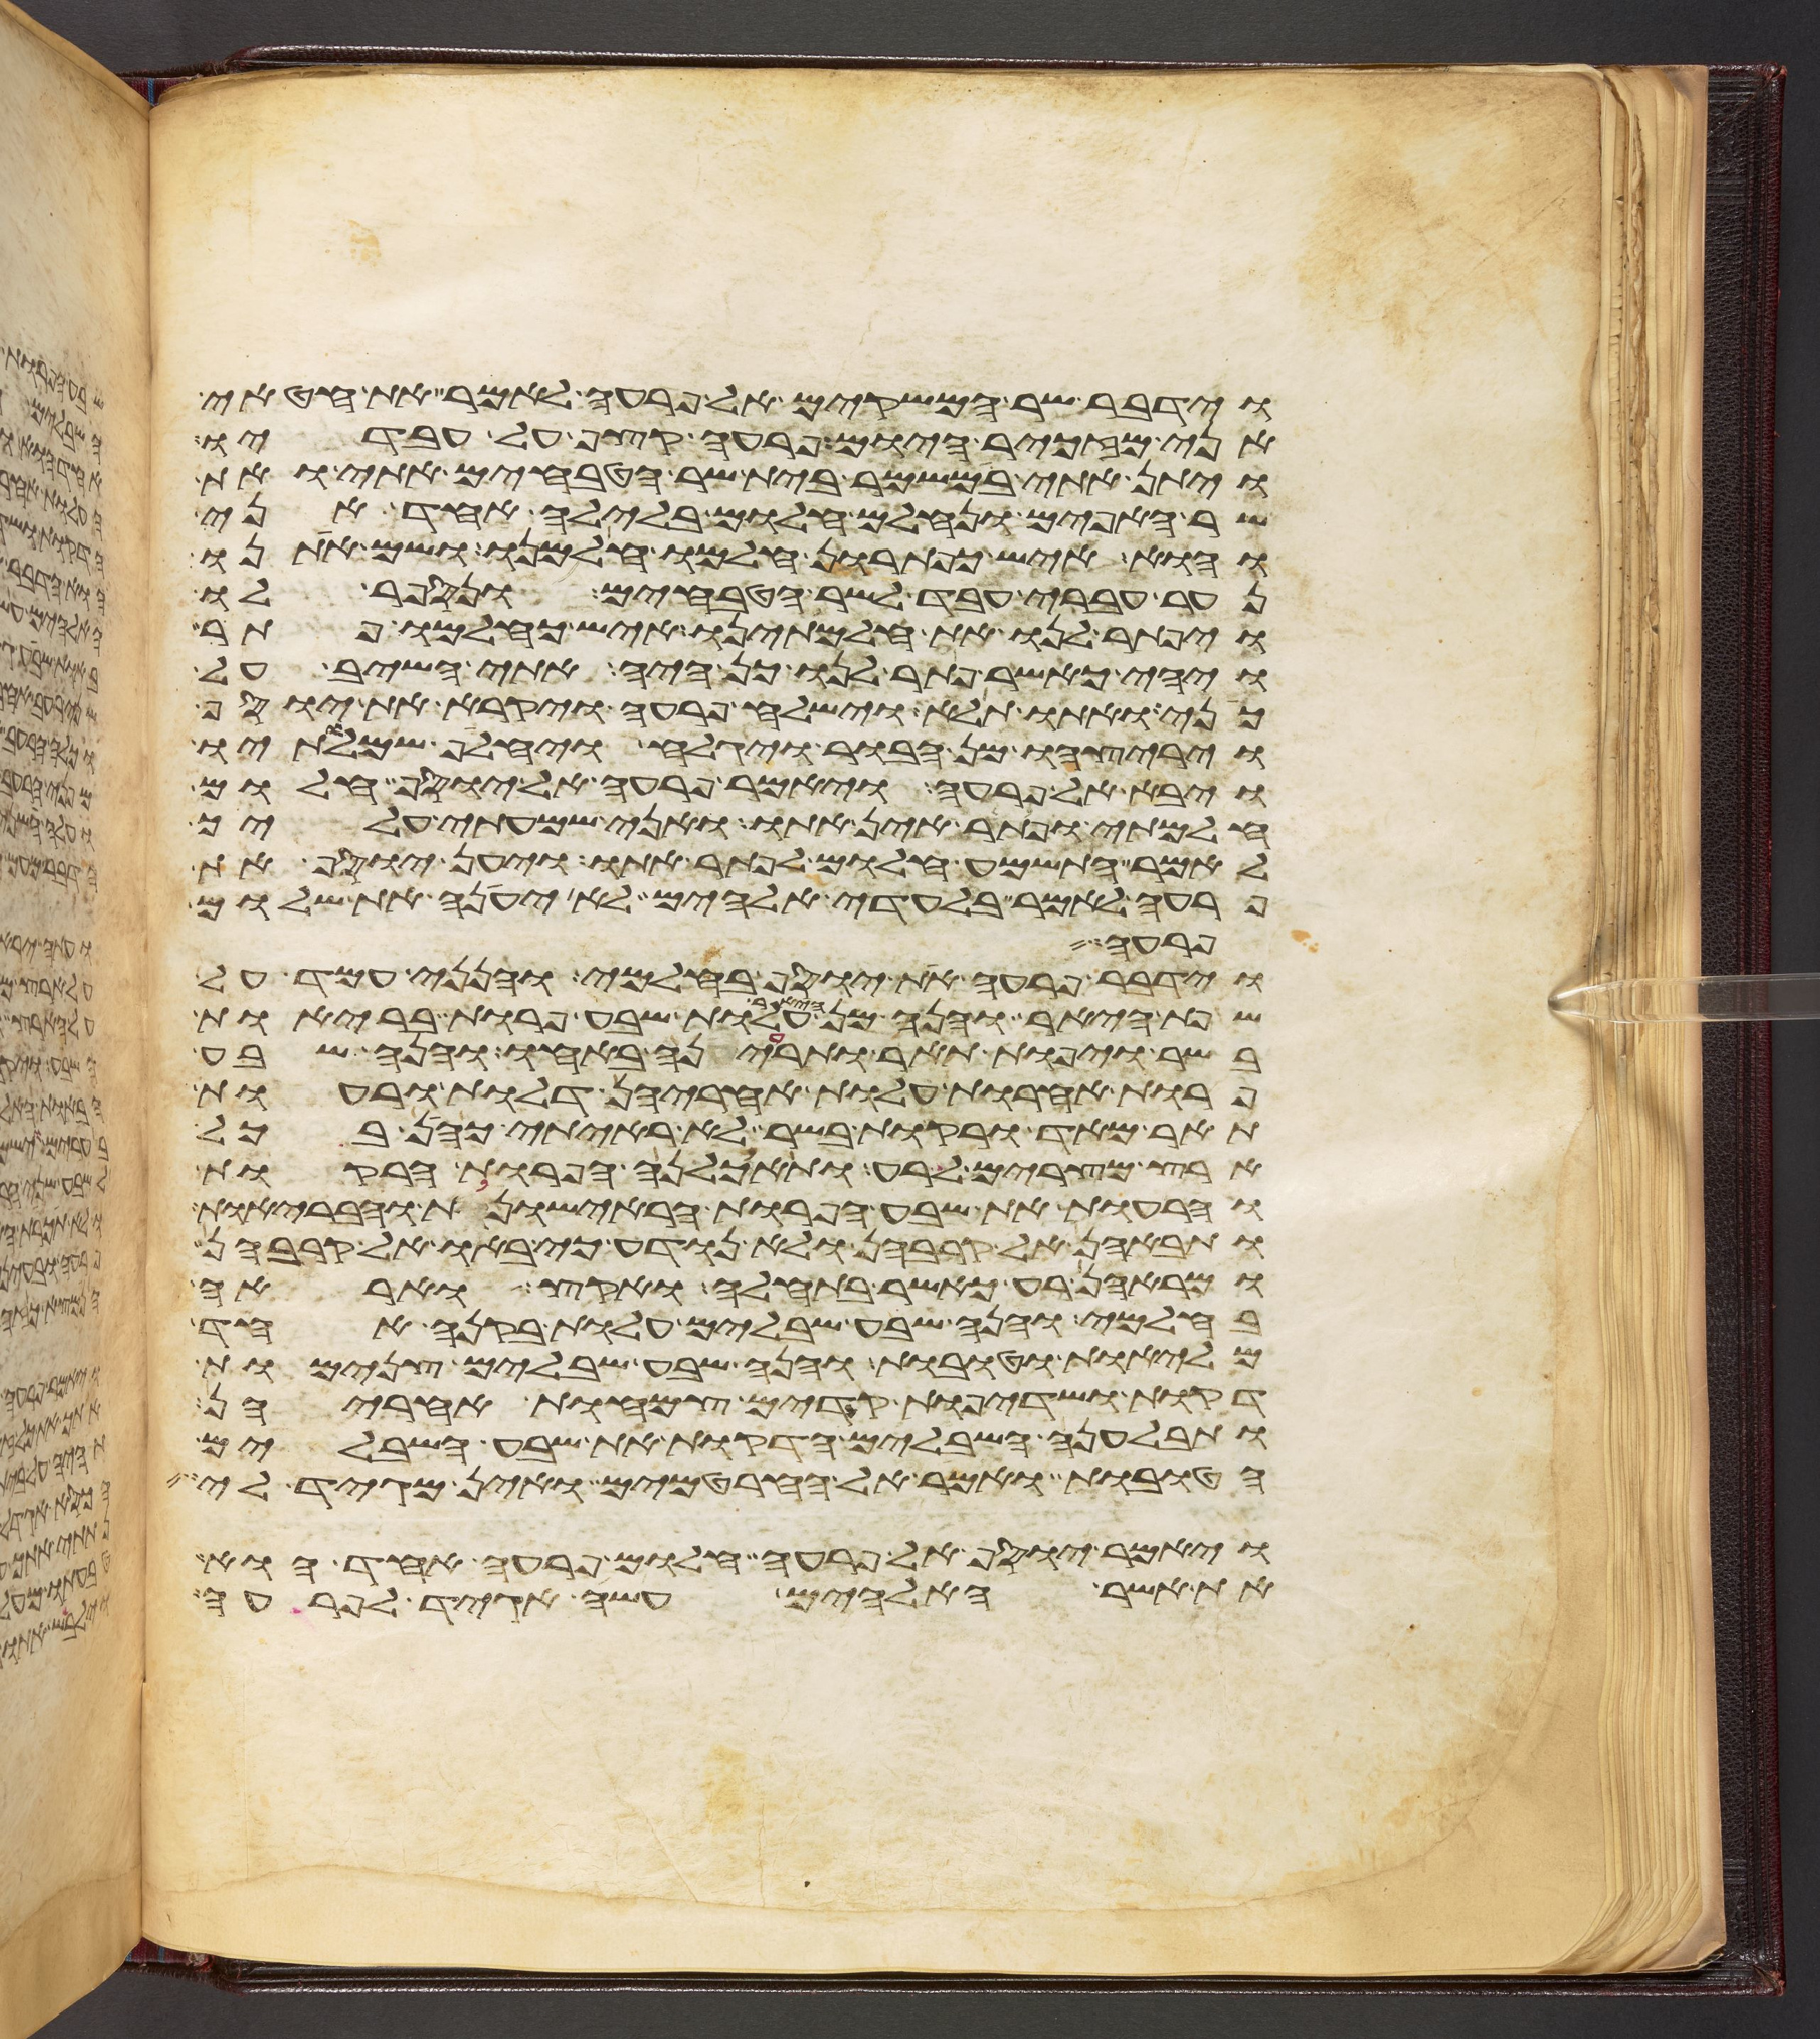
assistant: וידבר שר המשקים אל פרעה לאמר את חטאי
אני מזכיר היום פרעה קצף על עבדיו
ויתן אתי במשמר בית שר הטבחים אתי ואת
שר האפים ונחלם חלום בלילה אחד אני
והוא איש כפתרון חלמו חלמנו ושם אתנו
נער עברי עבד לשר הטבחים ונספר לו
ויפתר לנו את חלמתינו איש כחלמו פתר
ויהי כאשר פתר לנו כן היה אתי השיב על
כני ואתו תלא וישלח פרעה ויקרא את יוסף
ויריצהו מן הבור ויגלח ויחלף שמלתיו
ויבא אל פרעה ויאמר פרעה אל יוסף חלום
חלמתי ופתר אין אתו ואני שמעתי עליך
לאמר התשמע חלום לפתר אתו ויען יוסף את
פרעה לאמר בלעדי אלהים לא יענה את שלום
פרעה
וידבר פרעה את יוסף בחלמי והנני עמד על
שפת היאר והנה מן היאר עלות שבע פרות בריות
בשר ויפות תאר ותריענה באחו והנה שבע
פרות אחרות עלות אחריהן דלות ורעות
תאר מאד ורקות בשר לא ראיתי כהן בכל
ארץ מצרים לרע ותאכלנה הפרות הרקות
והרעות את שבע הפרות הראישונות והבריות
ותבאנה אל קרבהן ולא נודע כי באו אל קרבהן
ומראהן רע כאשר בתחלה ואקץ ואראה
בחלמי והנה שבע שבלים עלות בקנה אחד
מליות וטובות והנה שבע שבלים צנמות
דקות ושדיפות קדים צמחות אחריהן
ותבלענה השבלים הדקות את שבע השבלים
הטובות ואמר אל החרטמים ואין מגיד לי
ויאמר יוסף אל פרעה חלום פרעה אחד הוא
את אשר האלהים עשה אגיד לפרעה